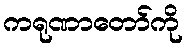
ကရုဏာတော်ကို